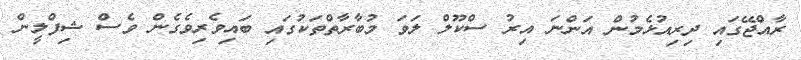
ރާއްޖޭގައި ދިރިއުޅެމުން އަންނަ އިރު ސްކޫލް ލަވަ މުބާރާތްތަކުގައި ބައިވެރިވެގެން ވެސް ޝިފްލީން